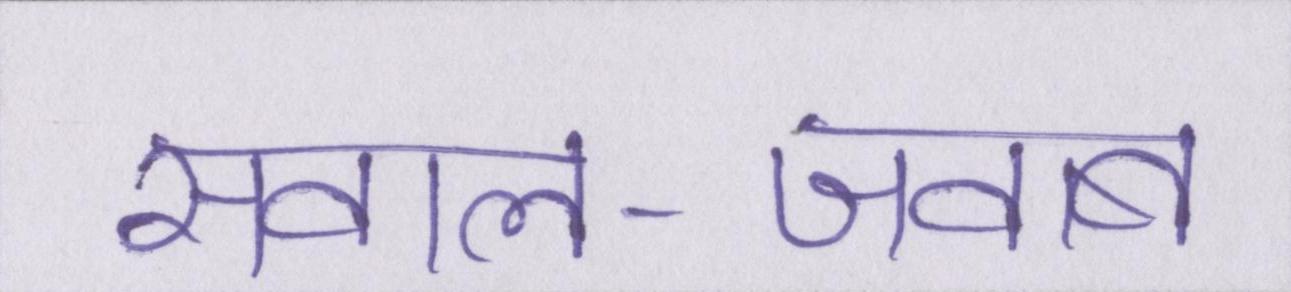
सवाल-जवाब